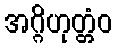
အဂ္ဂိဟုတ္တံဝ